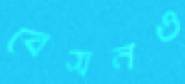
বেসনও